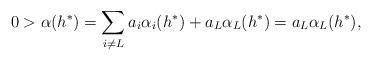
LaTeX: \begin{align*}0 > \alpha (h^{\ast }) = \sum_{i\ne L} a_i {\alpha }_i(h^{\ast }) + a_L {\alpha }_L(h^{\ast }) = a_L {\alpha }_L(h^{\ast }), \end{align*}